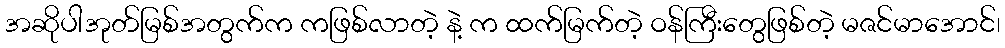
အဆိုပါအုတ်မြစ်အတွက်က ကဖြစ်လာတဲ့ နဲ့ က ထက်မြက်တဲ့ ဝန်ကြီးတွေဖြစ်တဲ့ မဇင်မာအောင်၊